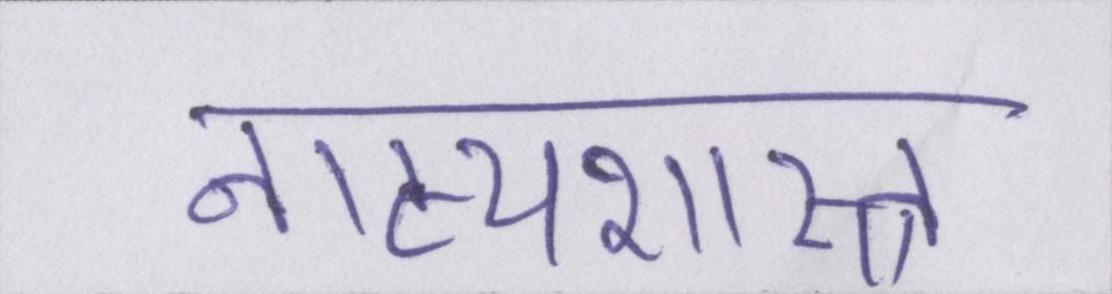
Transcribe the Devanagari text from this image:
नाट्यशास्त्र